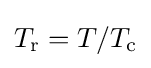
T_{\text{r}}=T/T_{\text{c}}